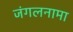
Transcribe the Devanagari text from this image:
जंगलनामा